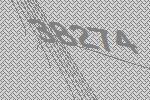
38274